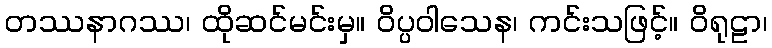
တဿနာဂဿ၊ ထိုဆင်မင်းမှ။ ဝိပ္ပဝါသေန၊ ကင်းသဖြင့်။ ဝိရုဠာ၊